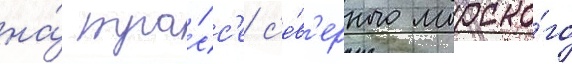
на́ тра́сс'е с'е́в'ерного морско́го